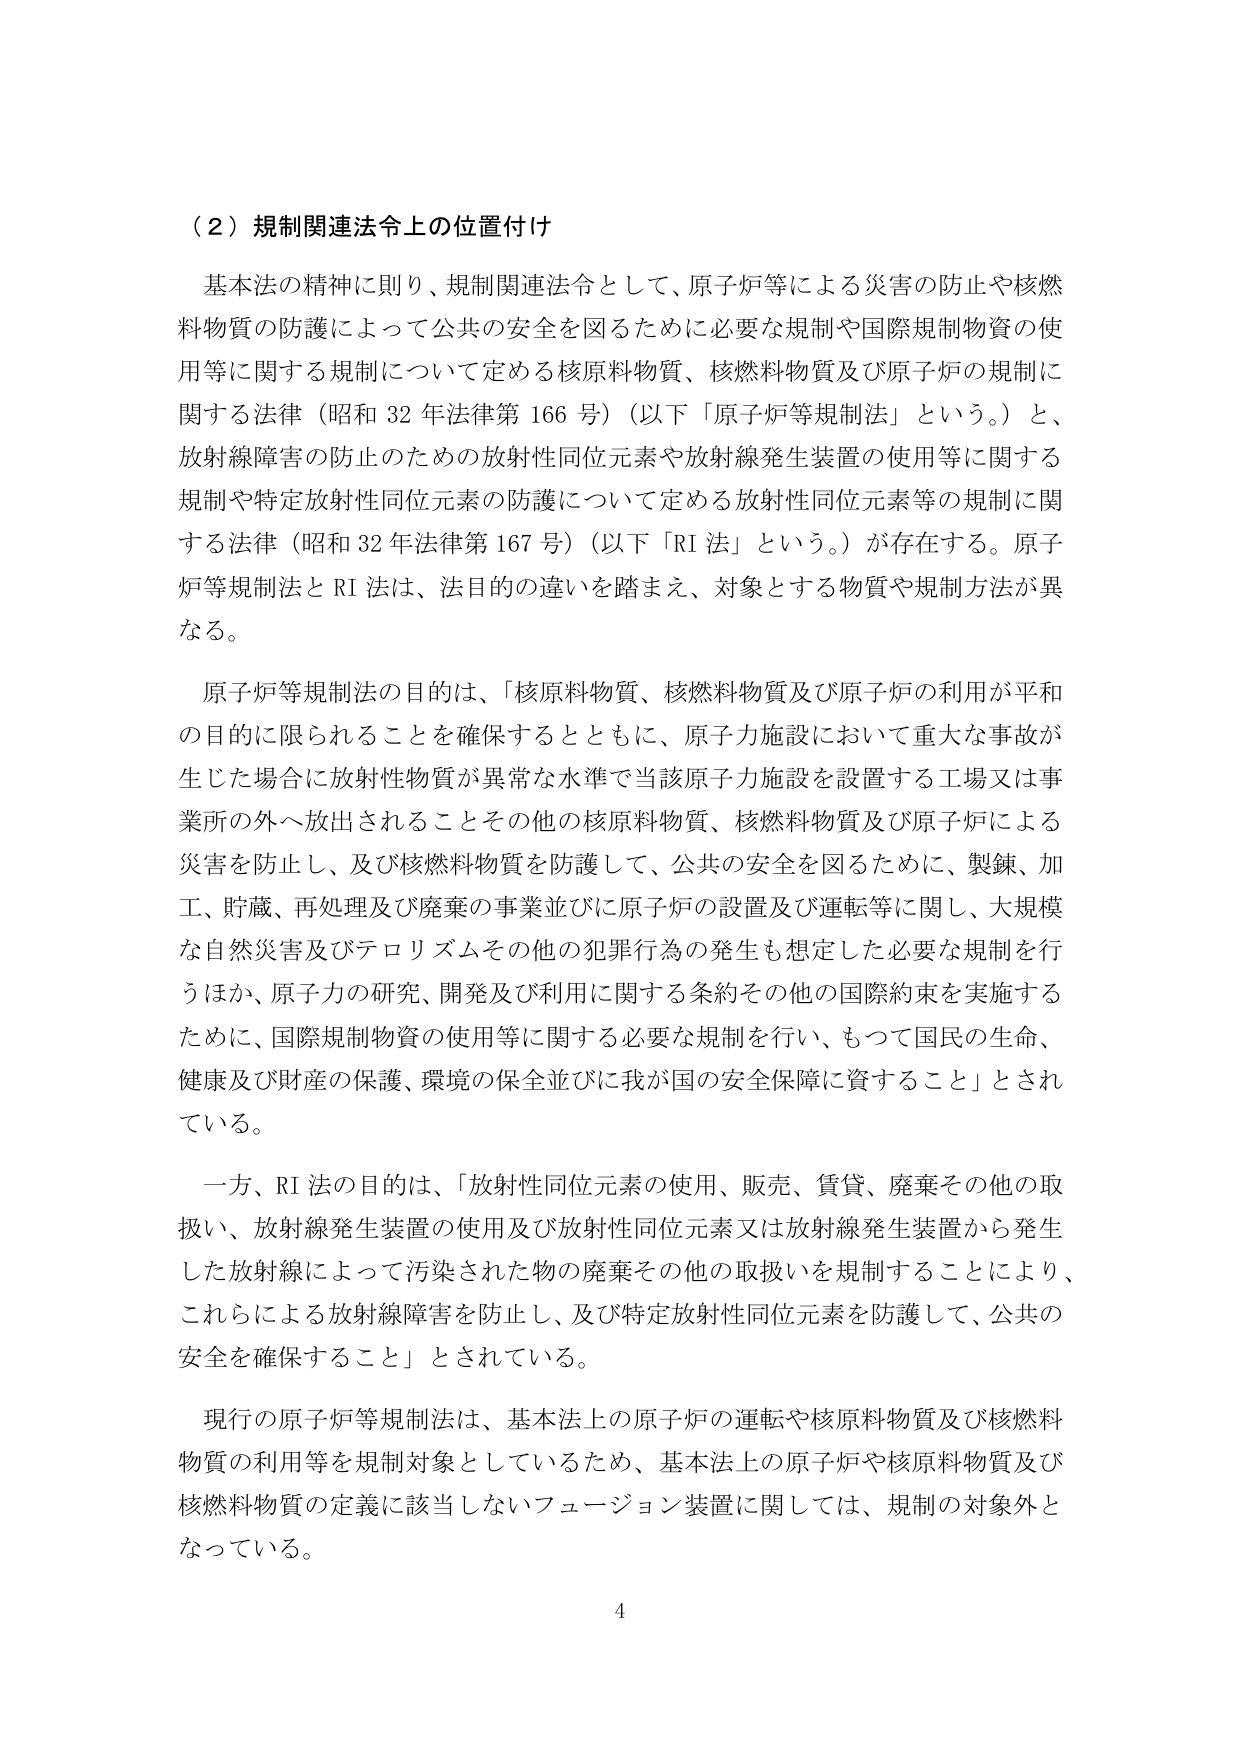
（２）規制関連法令上の位置付け

基本法の精神に則り、規制関連法令として、原子炉等による災害の防止や核燃料物質の防護によって公共の安全を図るために必要な規制や国際規制物資の使用等に関する規制について定める核原料物質、核燃料物質及び原子炉の規制に関する法律（昭和32年法律第166号）（以下「原子炉等規制法」という。）と、放射線障害の防止のための放射性同位元素や放射線発生装置の使用等に関する規制や特定放射性同位元素の防護について定める放射性同位元素等の規制に関する法律（昭和32年法律第167号）（以下「RI法」という。）が存在する。原子炉等規制法とRI法は、法目的の違いを踏まえ、対象とする物質や規制方法が異なる。

原子炉等規制法の目的は、「核原料物質、核燃料物質及び原子炉の利用が平和の目的に限られることを確保するとともに、原子力施設において重大な事故が生じた場合に放射性物質が異常な水準で当該原子力施設を設置する工場又は事業所の外へ放出されることその他の核原料物質、核燃料物質及び原子炉による災害を防止し、及び核燃料物質を防護して、公共の安全を図るために、製錬、加工、貯蔵、再処理及び廃棄の事業並びに原子炉の設置及び運転等に関し、大規模な自然災害及びテロリズムその他の犯罪行為の発生も想定した必要な規制を行うほか、原子力の研究、開発及び利用に関する条約その他の国際約束を実施するために、国際規制物資の使用等に関する必要な規制を行い、もつて国民の生命、健康及び財産の保護、環境の保全並びに我が国の安全保障に資すること」とされている。

一方、RI法の目的は、「放射性同位元素の使用、販売、賃貸、廃棄その他の取扱い、放射線発生装置の使用及び放射性同位元素又は放射線発生装置から発生した放射線によって汚染された物の廃棄その他の取扱いを規制することにより、これらによる放射線障害を防止し、及び特定放射性同位元素を防護して、公共の安全を確保すること」とされている。

現行の原子炉等規制法は、基本法上の原子炉の運転や核原料物質及び核燃料物質の利用等を規制対象としているため、基本法上の原子炉や核原料物質及び核燃料物質の定義に該当しないフュージョン装置に関しては、規制の対象外となっている。

4